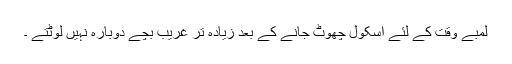
لمبے وقت کے لئے اسکول چھوٹ جانے کے بعد زیادہ تر غریب بچے دوبارہ نہیں لوٹتے ۔